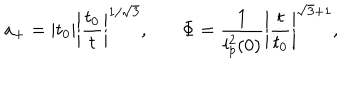
a _ { + } = | t _ { 0 } | \left| \frac { t _ { 0 } } { t } \right| ^ { 1 / \sqrt { 3 } } , ~ \Phi = \frac { 1 } { l _ { p } ^ { 2 } ( 0 ) } \left| \frac { t } { t _ { 0 } } \right| ^ { \sqrt { 3 } + 1 } ,